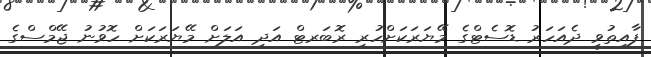
ފާއިތުވީ ދެއަހަރު ޑޮސެޓްގެ މޭޔަރަކަށްހުރި ރޮބަރޓް އަދި އަލަށް މޭޔަރަކަށް ހޮވުނު ޖޭމްސްގެ